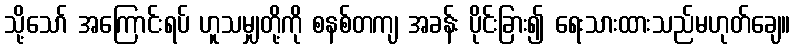
သို့သော် အကြောင်းရပ် ဟူသမျှတို့ကို စနစ်တကျ အခန်း ပိုင်းခြား၍ ရေးသားထားသည်မဟုတ်ချေ။